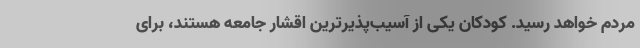
مردم خواهد رسید. کودکان یکی از آسیب‌پذیرترین اقشار جامعه هستند، برای